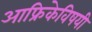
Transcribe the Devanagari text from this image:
आफ्रिकेविषयी